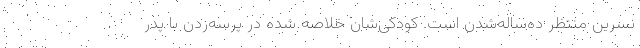
نسرین منتظر ده‌ساله‌شدن است. کودکی‌شان خلاصه شده در پرسه‌زدن با پدر